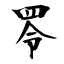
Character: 𦊓